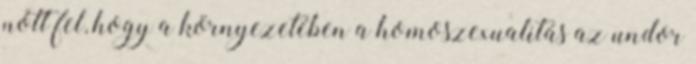
nőtt fel, hogy a környezetében a homoszexualitás az undor